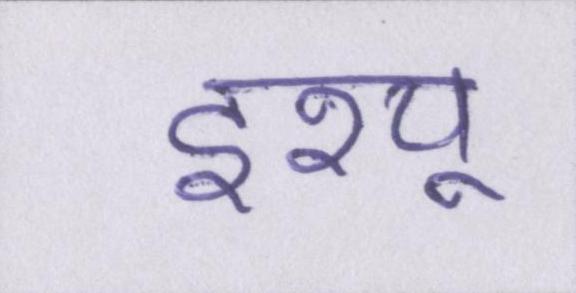
इश्यू